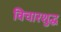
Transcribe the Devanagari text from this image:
विचारशुद्ध